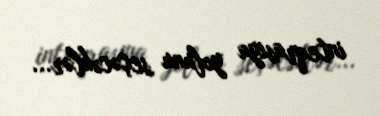
inteqrasiya yolunu seçəcəklər...